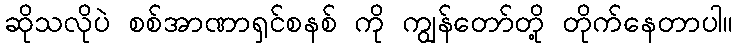
ဆိုသလိုပဲ စစ်အာဏာရှင်စနစ် ကို ကျွန်တော်တို့ တိုက်နေတာပါ။